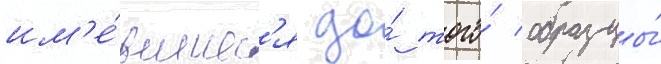
им'е́вшиес'я до́ того́ образцы́